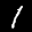
Label: 1